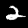
Label: 2